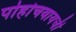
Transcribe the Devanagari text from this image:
पोहोचवायची